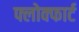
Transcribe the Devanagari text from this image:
फ्लोक्फार्ट